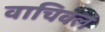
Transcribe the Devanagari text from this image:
वाचिवलं